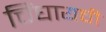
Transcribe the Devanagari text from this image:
चिंघायची